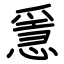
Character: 㥯